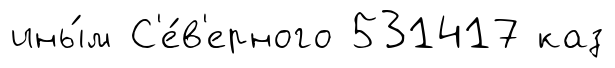
ины́м С'е́в'ерного 531417 каз